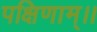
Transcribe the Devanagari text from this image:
पक्षिणाम्।।